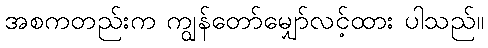
အစကတည်းက ကျွန်တော်မျှော်လင့်ထား ပါသည်။